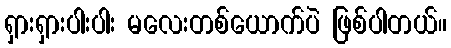
ရှားရှားပါးပါး မလေးတစ်ယောက်ပဲ ဖြစ်ပါတယ်။